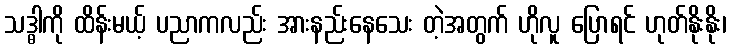
သဒ္ဓါကို ထိန်းမယ့် ပညာကလည်း အားနည်းနေသေး တဲ့အတွက် ဟိုလူ ပြောရင် ဟုတ်နိုးနိုး၊